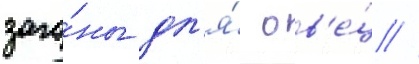
заго́ны дл'я́ ов'е́ц //